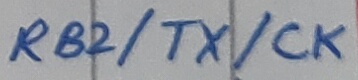
Text: RB2/TX/CK